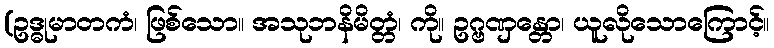
(ဥဒ္ဓုမာတကံ၊ ဖြစ်သော။ အသုဘနိမိတ္တံ၊ ကို။ ဥဂ္ဗဏှန္တော၊ ယူလိုသောကြောင့်။